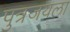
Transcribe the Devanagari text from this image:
पुत्रजयला